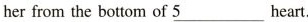
her from the bottom of \underline{5}heart.